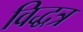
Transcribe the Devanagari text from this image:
विद्धत्र